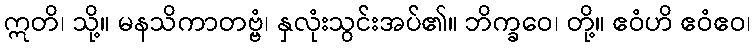
ဣတိ၊ သို့။ မနသိကာတဗ္ဗံ၊ နှလုံးသွင်းအပ်၏။ ဘိက္ခဝေ၊ တို့။ ဧဝံဟိ ဧဝံဧဝ၊